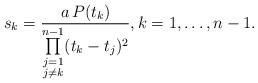
LaTeX: \begin{align*}s_k=\frac{a\,P(t_k)}{\prod\limits_{\substack{j=1\\j\neq k}}^{n-1}(t_k-t_j)^2},k=1,\dots, n-1.\end{align*}